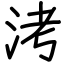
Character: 洘